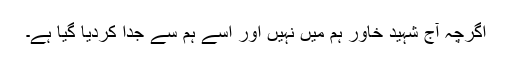
اگرچہ آج شہید خاور ہم میں نہیں اور اسے ہم سے جدا کردیا گیا ہے۔